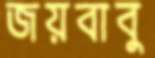
জয়বাবু